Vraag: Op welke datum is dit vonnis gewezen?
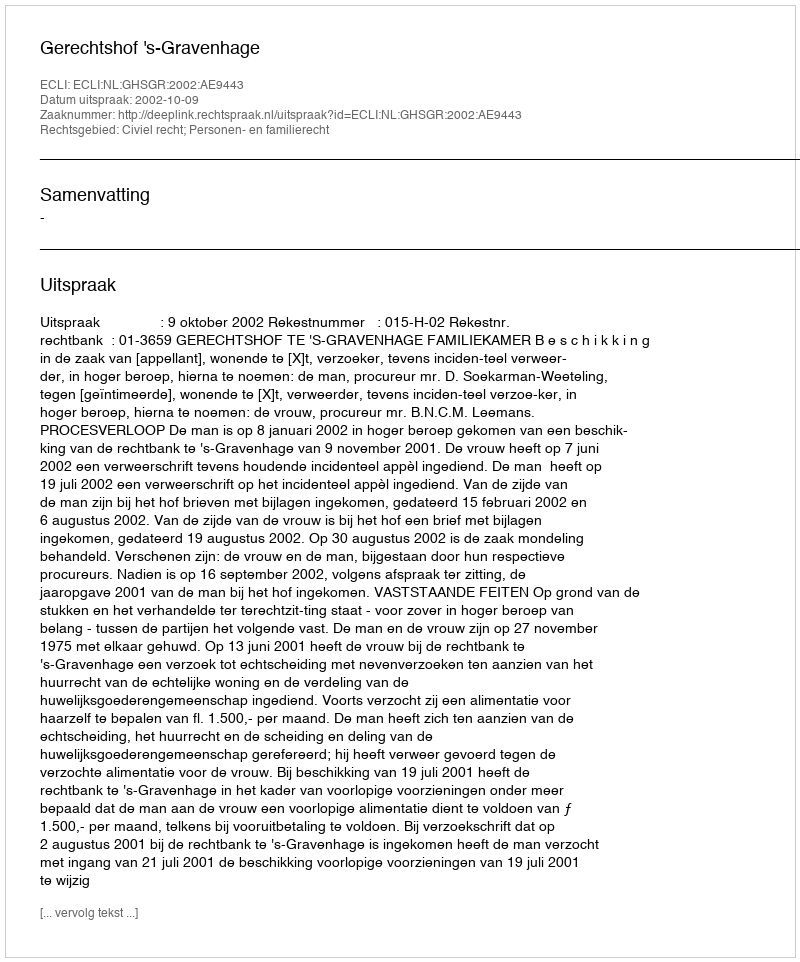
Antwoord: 2002-10-09